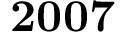
\bf { 2 0 0 7 }